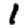
Digit: 1